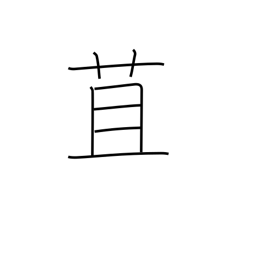
Meaning: straw wrapper